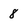
Character: 8